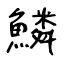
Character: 鱗